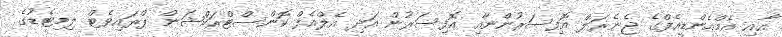
އާއި އެމްއެންޑީއެފްގެ ޖެނެރަލް އޮފިސަރުންނާއި އޮފިސަރުން އަދި އެލްއެފް ކޮންސްޓްރަކްޝަން ޕްރައިވެޓް ލިމިޓެޑުގެ